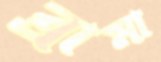
ব্রামা